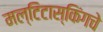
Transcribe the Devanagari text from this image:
मल्टिटास्किंगचे